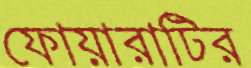
ফোয়ারাটির